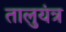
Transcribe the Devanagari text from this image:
तालुयंत्र